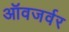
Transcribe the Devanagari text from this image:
ऑवजर्वर